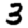
Digit: 3